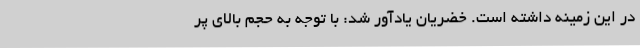
در این زمینه داشته است. خضریان یادآور شد: با توجه به حجم بالای پر